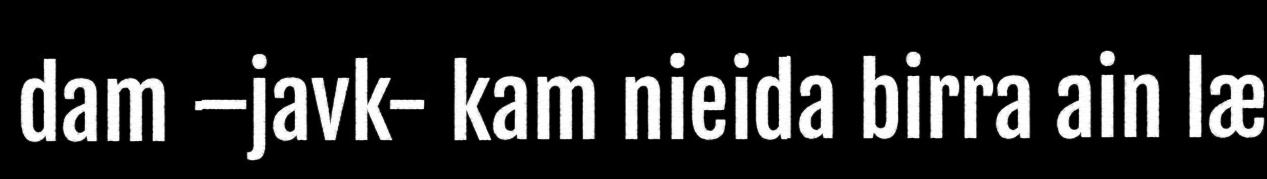
dam –javk- kam nieida birra ain læ